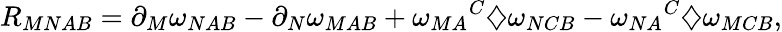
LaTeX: R_{MNAB}=\partial_{M}\omega_{NAB}-\partial_{N}\omega_{MAB}+{\omega_{MA}}^{C}\diamondsuit\omega_{NCB}-{\omega_{NA}}^{C}\diamondsuit\omega_{MCB},